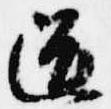
道